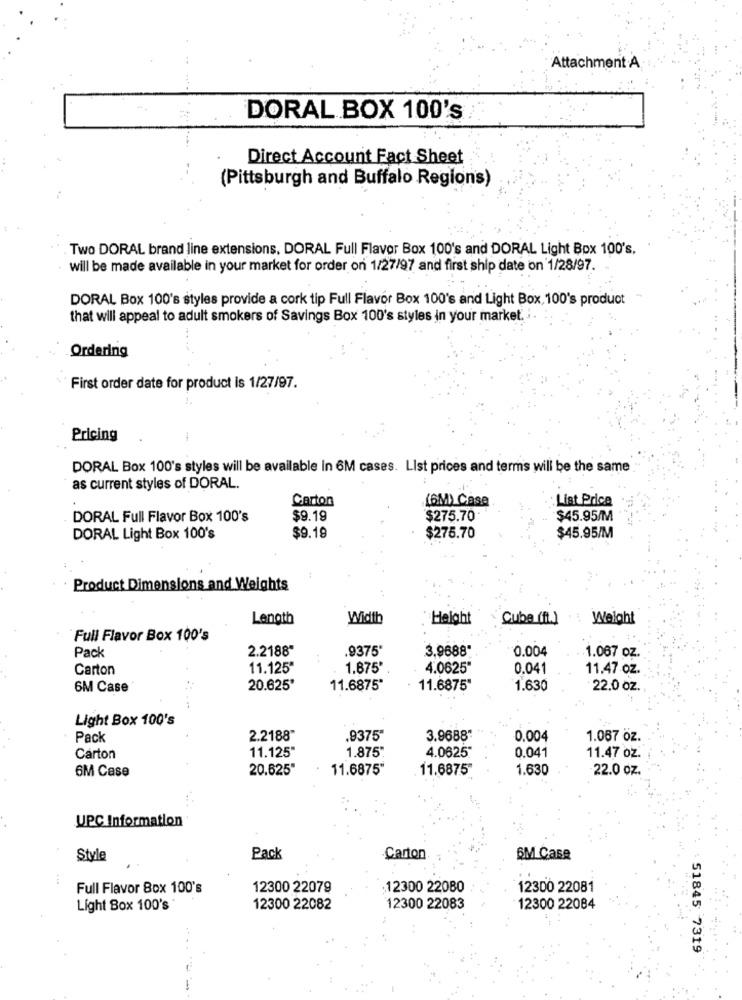
Attachment A
DORAL BOX 100's
Direct Account Fact Sheet
(Pittsburgh and Buffalo Regions)
Two DORAL brand line extensions. DORAL Full Flavor Box 100's and DORAL Light Box 100's,
will be made available in your market for order on 1/27/97 and first ship date on 1/28/97.
DORAL Box 100's styles provide a cork tip Full Flavor Box 100's and Light Box, 100's product
that will appeal to adult smokers of Savings Box 100's styles in your market. i .
Ordering
First order date for product is 1/27/97.
Pricing
-
DORAL Box 100's styles will be available in 6M cases. List prices and terms will be the same
as current styles of DORAL.
Carton
(6M) Case
:List Price
DORAL Full Flavor Box 100's
$9.19
$275.70
$45.95/M
DORAL Light Box 100's
$9.19
$275.70
$45.95/M
Product Dimensions and Weights
Length
Width
Height
Cube (fl.]
Weight
Full Flavor Box 100's
Pack
2.2188"
.9375
3.9688"
0.004
1.067 oz.
Carton
11.125ª
1.875'
4.0625"
0.04
11.47 oz.
6M Case
20.625'
11.6875*
11.6875"
1.630
22.0 oz.
Light Box 100's
Pack
2.2188"
.9375
3.9688"
0.004
1.067 öz.
11.125"
1.875
Carton
4.0625
0.041
11.47 oz.
6M Case
20.625"
11.6875"
11.6875"
1.630
22.0 oz.
UPC Information
Style
Pack
-Carton
6M Case
Full Flavor Box 100's
12300 22079
12300 22080
12300 22081
Light Box 100's
12300 22082
12300 22083
12300 22084
: 51845 7319